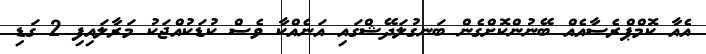
އެއާ ކޮމްޕްރެސާއެއް ބޭނުންކޮށްގެން ބަނގުލަދޭޝްގައި އަނެއްކާ ވެސް ކުޑަކުއްޖަކު މަރާލައިފި 2 ގަޑި